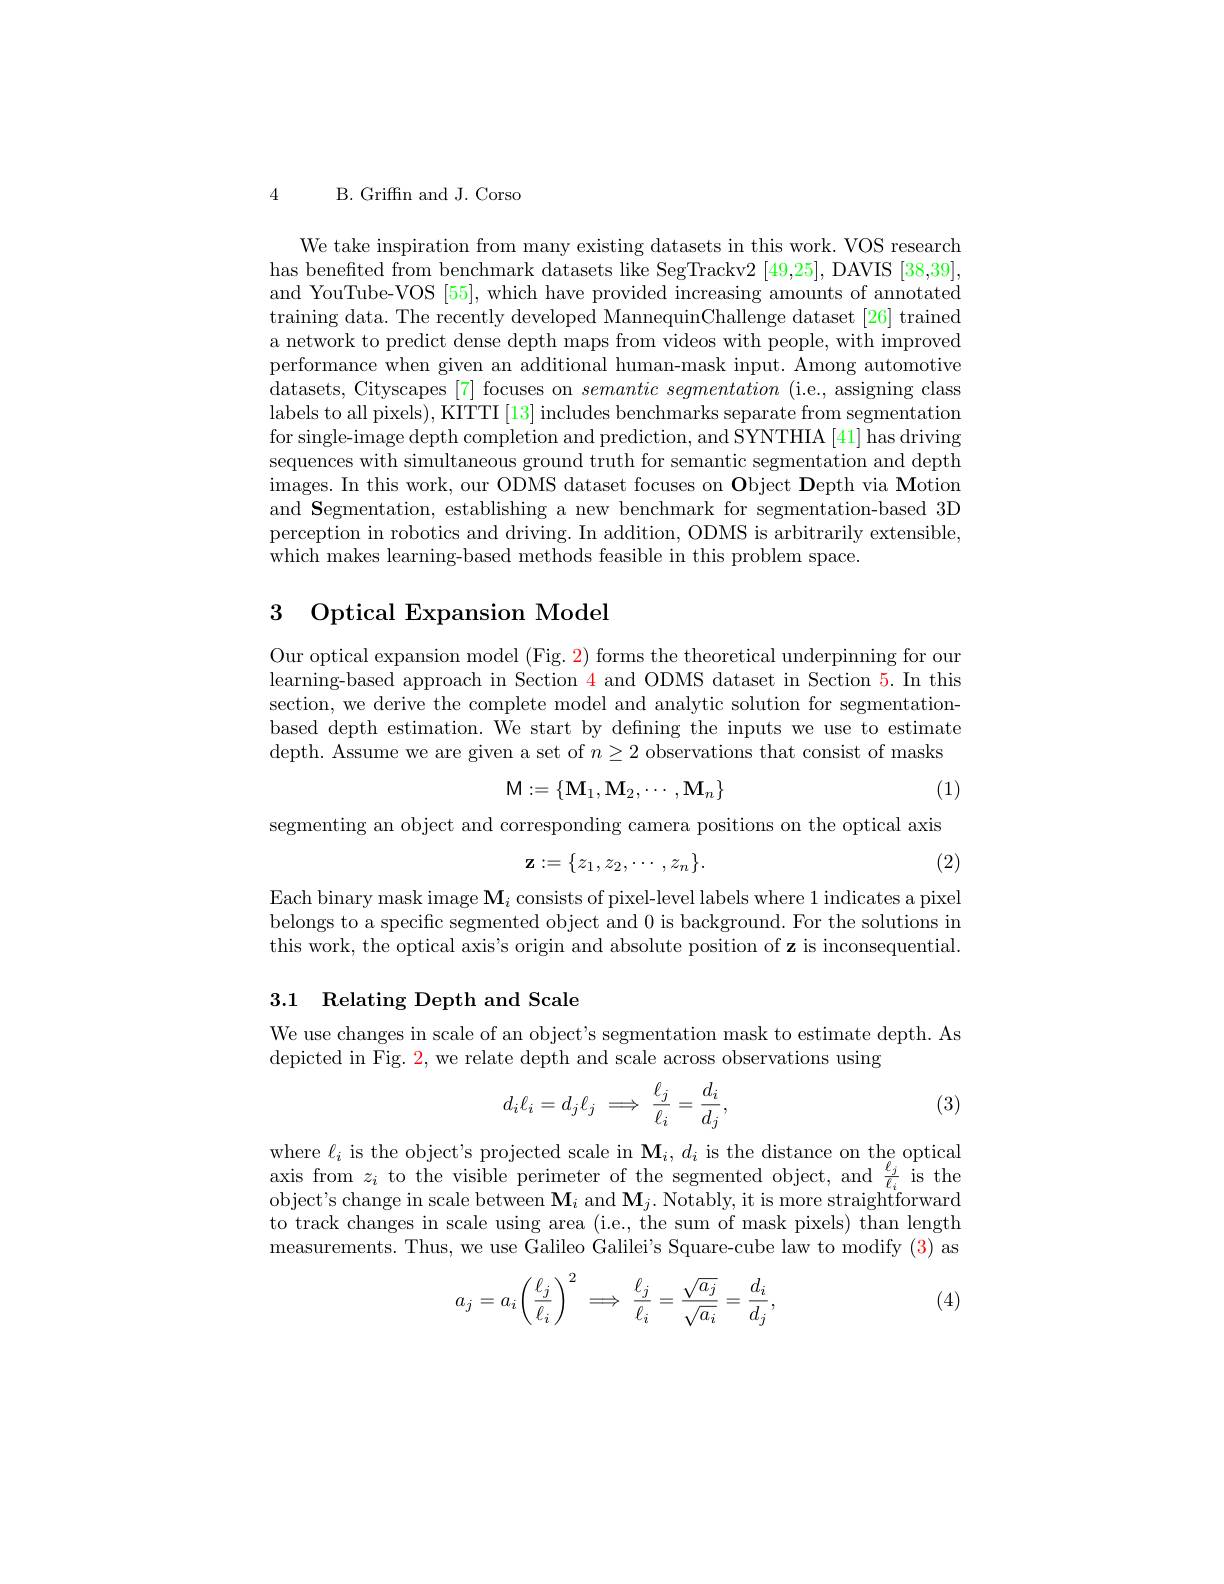
4 B. Griffn and J. Corso

We take inspiration from many existing datasets in this work. VOS research has benefited from benchmark datasets like SegTrackv2 [49,25], DAVIS [38,39], and YouTube-VOS [55],which have provided increasing amounts of annotated training data. The recently developed MannequinChallenge dataset [26] trained a network to predict dense depth maps from videos with people, with improved performance when given an additional human-mask input. Among automotive datasets, Cityscapes [7] focuses on $semantic\textit{segmentation ( i. e. , assigning class}$ labels to all pixels), KITTI [13] includes benchmarks separate from segmentation for single-image depth completion and prediction, and SYNTHIA [41] has driving sequences with simultaneous ground truth for semantic segmentation and depth images. In this work, our ODMS dataset focuses on Object Depth via Motion and Segmentation, establishing a new benchmark for segmentation-based 3D perception in robotics and driving. In addition, ODMS is arbitrarily extensible, which makes learning-based methods feasible in this problem space.

# 3 Optical Expansion Model

Our optical expansion model (Fig. 2) forms the theoretical underpinning for our learning-based approach in Section 4 and ODMS dataset in Section 5. In this section, we derive the complete model and analytic solution for segmentationbased depth estimation. We start by defining the inputs we use to estimate depth. Assume we are given a set of $n\geq2$ observations that consist of masks
$$\mathsf{M}:=\{\mathbf{M}_1,\mathbf{M}_2,\cdots,\mathbf{M}_n\}$$
(1)

segmenting an object and corresponding camera positions on the optical axis
$$\mathbf{z}:=\{z_1,z_2,\cdots,z_n\}.$$
(2)

Each binary mask image $\mathbf{M}_i$ consists of pixel-level labels where 1 indicates a pixel belongs to a specific segmented object and 0 is background. For the solutions in this work, the optical axis's origin and absolute position of z is inconsequential.

# 3.1 Relating Depth and Scale

We use changes in scale of an object's segmentation mask to estimate depth. As
depicted in Fig. $\color{red}2$, we relate depth and scale across observations using

(3)
$$d_i\ell_i=d_j\ell_j\implies\frac{\ell_j}{\ell_i}=\frac{d_i}{d_j},$$
where $\ell_i$ is the object's projected scale in $\mathbf{M}_i,d_i$ is the distance on the optical axis from $z_i$ to the visible perimeter of the segmented object, and $\frac{\ell_j}{\ell_i}$ is the object's change in scale between $\mathbf{M}_i$ and $\mathbf{M}_j.$ Notably, it is more straightforward to track changes in scale using area (i.e., the sum of mask pixels) than length measurements. Thus, we use Galileo Galilei's Square-cube law to modify (3) as
$$a_j=a_i\biggl(\frac{\ell_j}{\ell_i}\biggr)^2\implies\frac{\ell_j}{\ell_i}=\frac{\sqrt{a_j}}{\sqrt{a_i}}=\frac{d_i}{d_j},$$
(4)